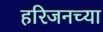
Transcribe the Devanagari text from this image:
हरिजनच्या